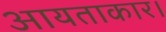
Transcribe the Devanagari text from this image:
आयताकार।